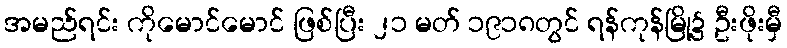
အမည်ရင်း ကိုမောင်မောင် ဖြစ်ပြီး ၂၁ မတ် ၁၉၁၈တွင် ရန်ကုန်မြို့၌ ဦးဖိုးမှီ